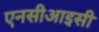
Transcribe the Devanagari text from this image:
एनसीआइसी